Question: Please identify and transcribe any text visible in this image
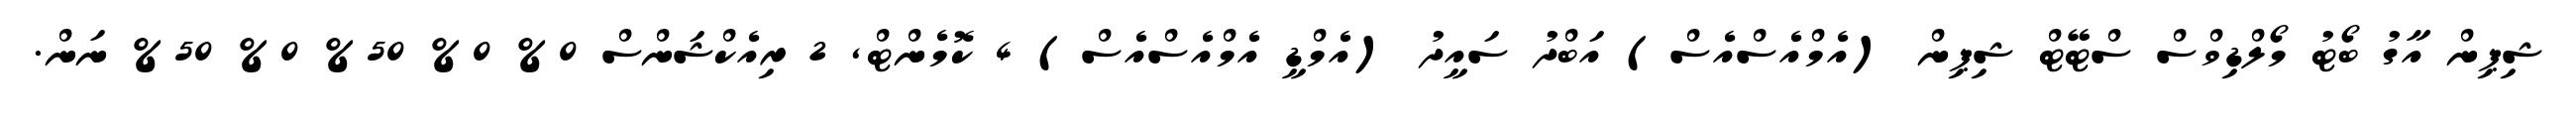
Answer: ޝިޕިން އާގު ބޯޓު މޯލްޑިވްސް ސްޓޭޓް ޝިޕިން (އެމްއެސްއެސް) އަބްދު ސައީދު (އެމްޑީ އެމްއެސްއެސް) 4 ކޮމެންޓް, 2 ރިއެކްޝަންސް 0% 0% 50% 0% 50% ނަން.